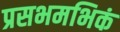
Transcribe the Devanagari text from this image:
प्रसभमभिकं